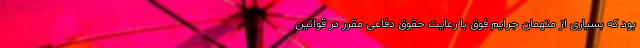
بود که بسیاری از متهمان جرایم فوق با رعایت حقوق دفاعی مقرر در قوانین